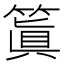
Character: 䈯